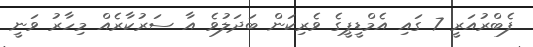
ފެބްރުއަރީ 7 ގައި އެމްޑީޕީގެ ވެރިކަން ބަދަލުވެ އާ ސަރުކާރެއް މިހާރު ވަނީ